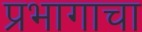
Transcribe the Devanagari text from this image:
प्रभागाचा